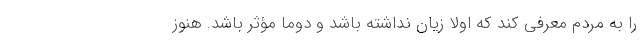
را به مردم معرفی کند که اولاً زیان نداشته باشد و دوما مؤثر باشد. هنوز